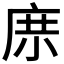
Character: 𱝅